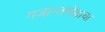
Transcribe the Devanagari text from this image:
गजान्तमोक्षाचा